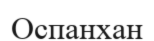
Оспанхан